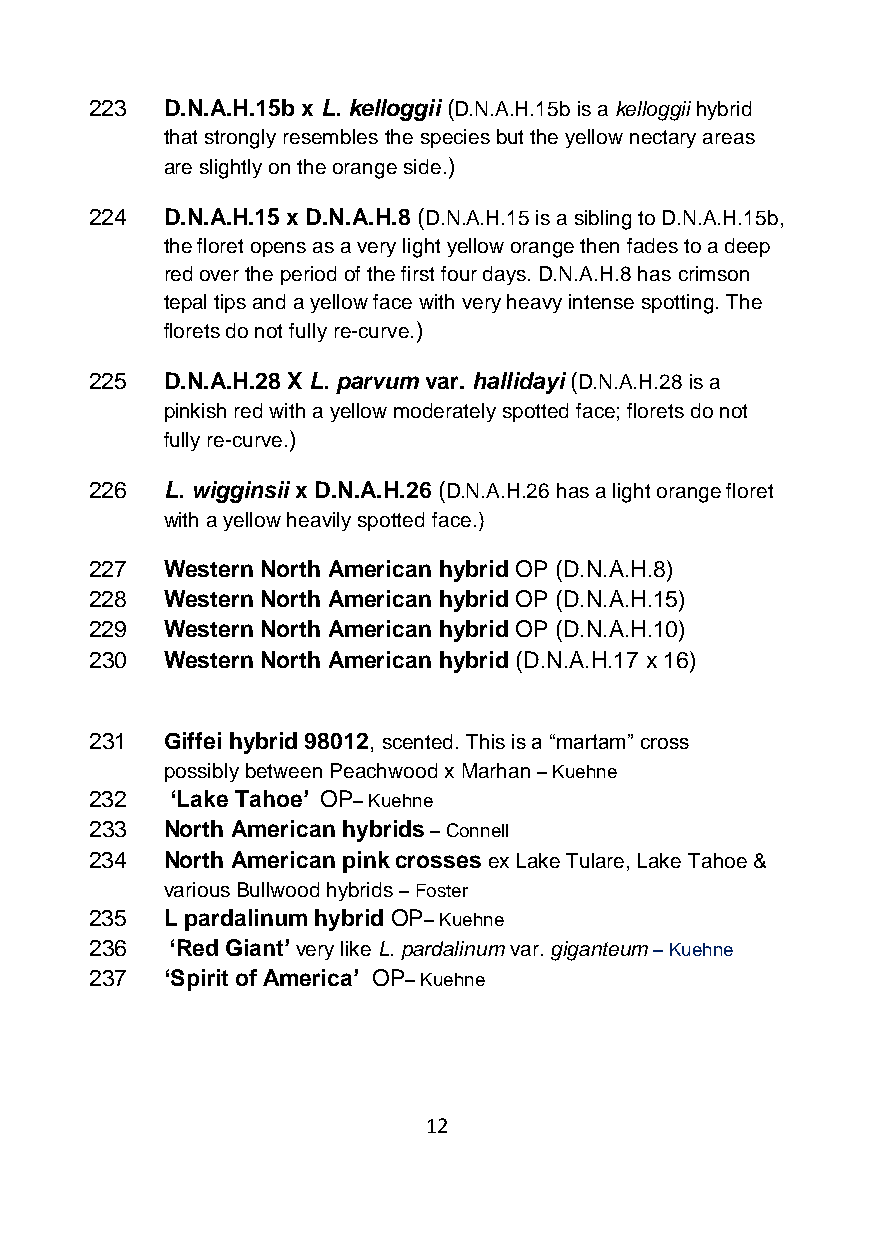
223  D.N.A.H.15b x L. kelloggii (D.N.A.H.15b is a kelloggii hybrid
 that strongly resembles the species but the yellow nectary areas
 are slightly on the orange side.)
 224  D.N.A.H.15 x D.N.A.H.8 (D.N.A.H.15 is a sibling to D.N.A.H.15b,
 the floret opens as a very light yellow orange then fades to a deep
 red over the period of the first four days. D.N.A.H.8 has crimson
 tepal tips and a yellow face with very heavy intense spotting. The
 florets do not fully re-curve.)
 225  D.N.A.H.28 X L. parvum var. hallidayi (D.N.A.H.28 is a
 pinkish red with a yellow moderately spotted face; florets do not
 fully re-curve.)
 226  L. wigginsii x D.N.A.H.26 (D.N.A.H.26 has a light orange floret
 with a yellow heavily spotted face.)
 227  Western North American hybrid OP (D.N.A.H.8)
 228  Western North American hybrid OP (D.N.A.H.15)
 229  Western North American hybrid OP (D.N.A.H.10)
 230  Western North American hybrid (D.N.A.H.17 x 16)
 231  Giffei hybrid 98012, scented. This is a “martam” cross
 possibly between Peachwood x Marhan – Kuehne
 232  ‘Lake Tahoe’ OP– Kuehne
 233  North American hybrids – Connell
 234  North American pink crosses ex Lake Tulare, Lake Tahoe &
 various Bullwood hybrids – Foster
 235  L pardalinum hybrid OP– Kuehne
 236  ‘Red Giant’ very like L. pardalinum var. giganteum – Kuehne
 237  ‘Spirit of America’ OP– Kuehne
 12